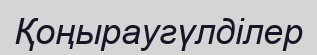
Қоңыраугүлділер